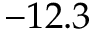
- 1 2 . 3